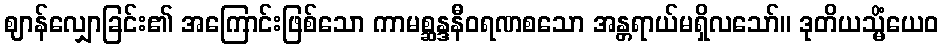
ဈာန်လျှောခြင်း၏ အကြောင်းဖြစ်သော ကာမစ္ဆန္ဒနီဝရဏစသော အန္တရာယ်မရှိလသော်။ ဒုတိယသ္မိံယေဝ